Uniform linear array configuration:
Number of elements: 8
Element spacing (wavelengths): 0.5
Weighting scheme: exponential
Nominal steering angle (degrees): -45
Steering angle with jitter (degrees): -43.112
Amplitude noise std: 0.05
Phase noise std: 0.05

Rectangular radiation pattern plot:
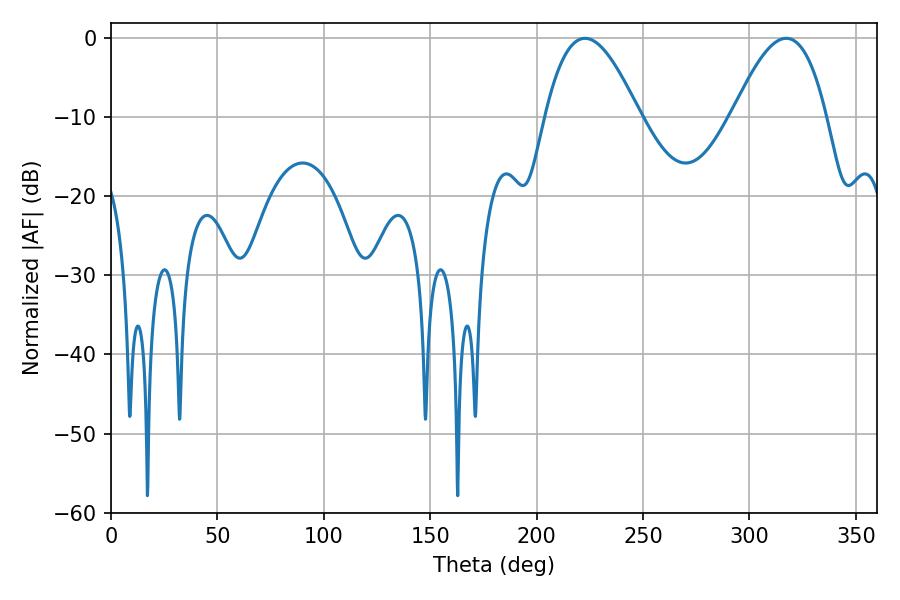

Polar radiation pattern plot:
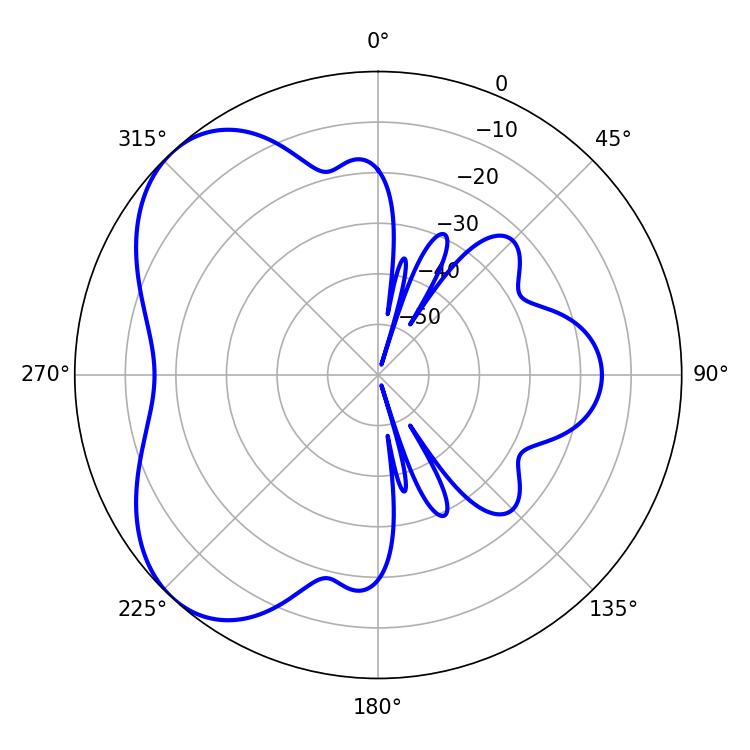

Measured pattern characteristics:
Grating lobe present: FALSE
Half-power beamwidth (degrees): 23.94
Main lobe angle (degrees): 222.66